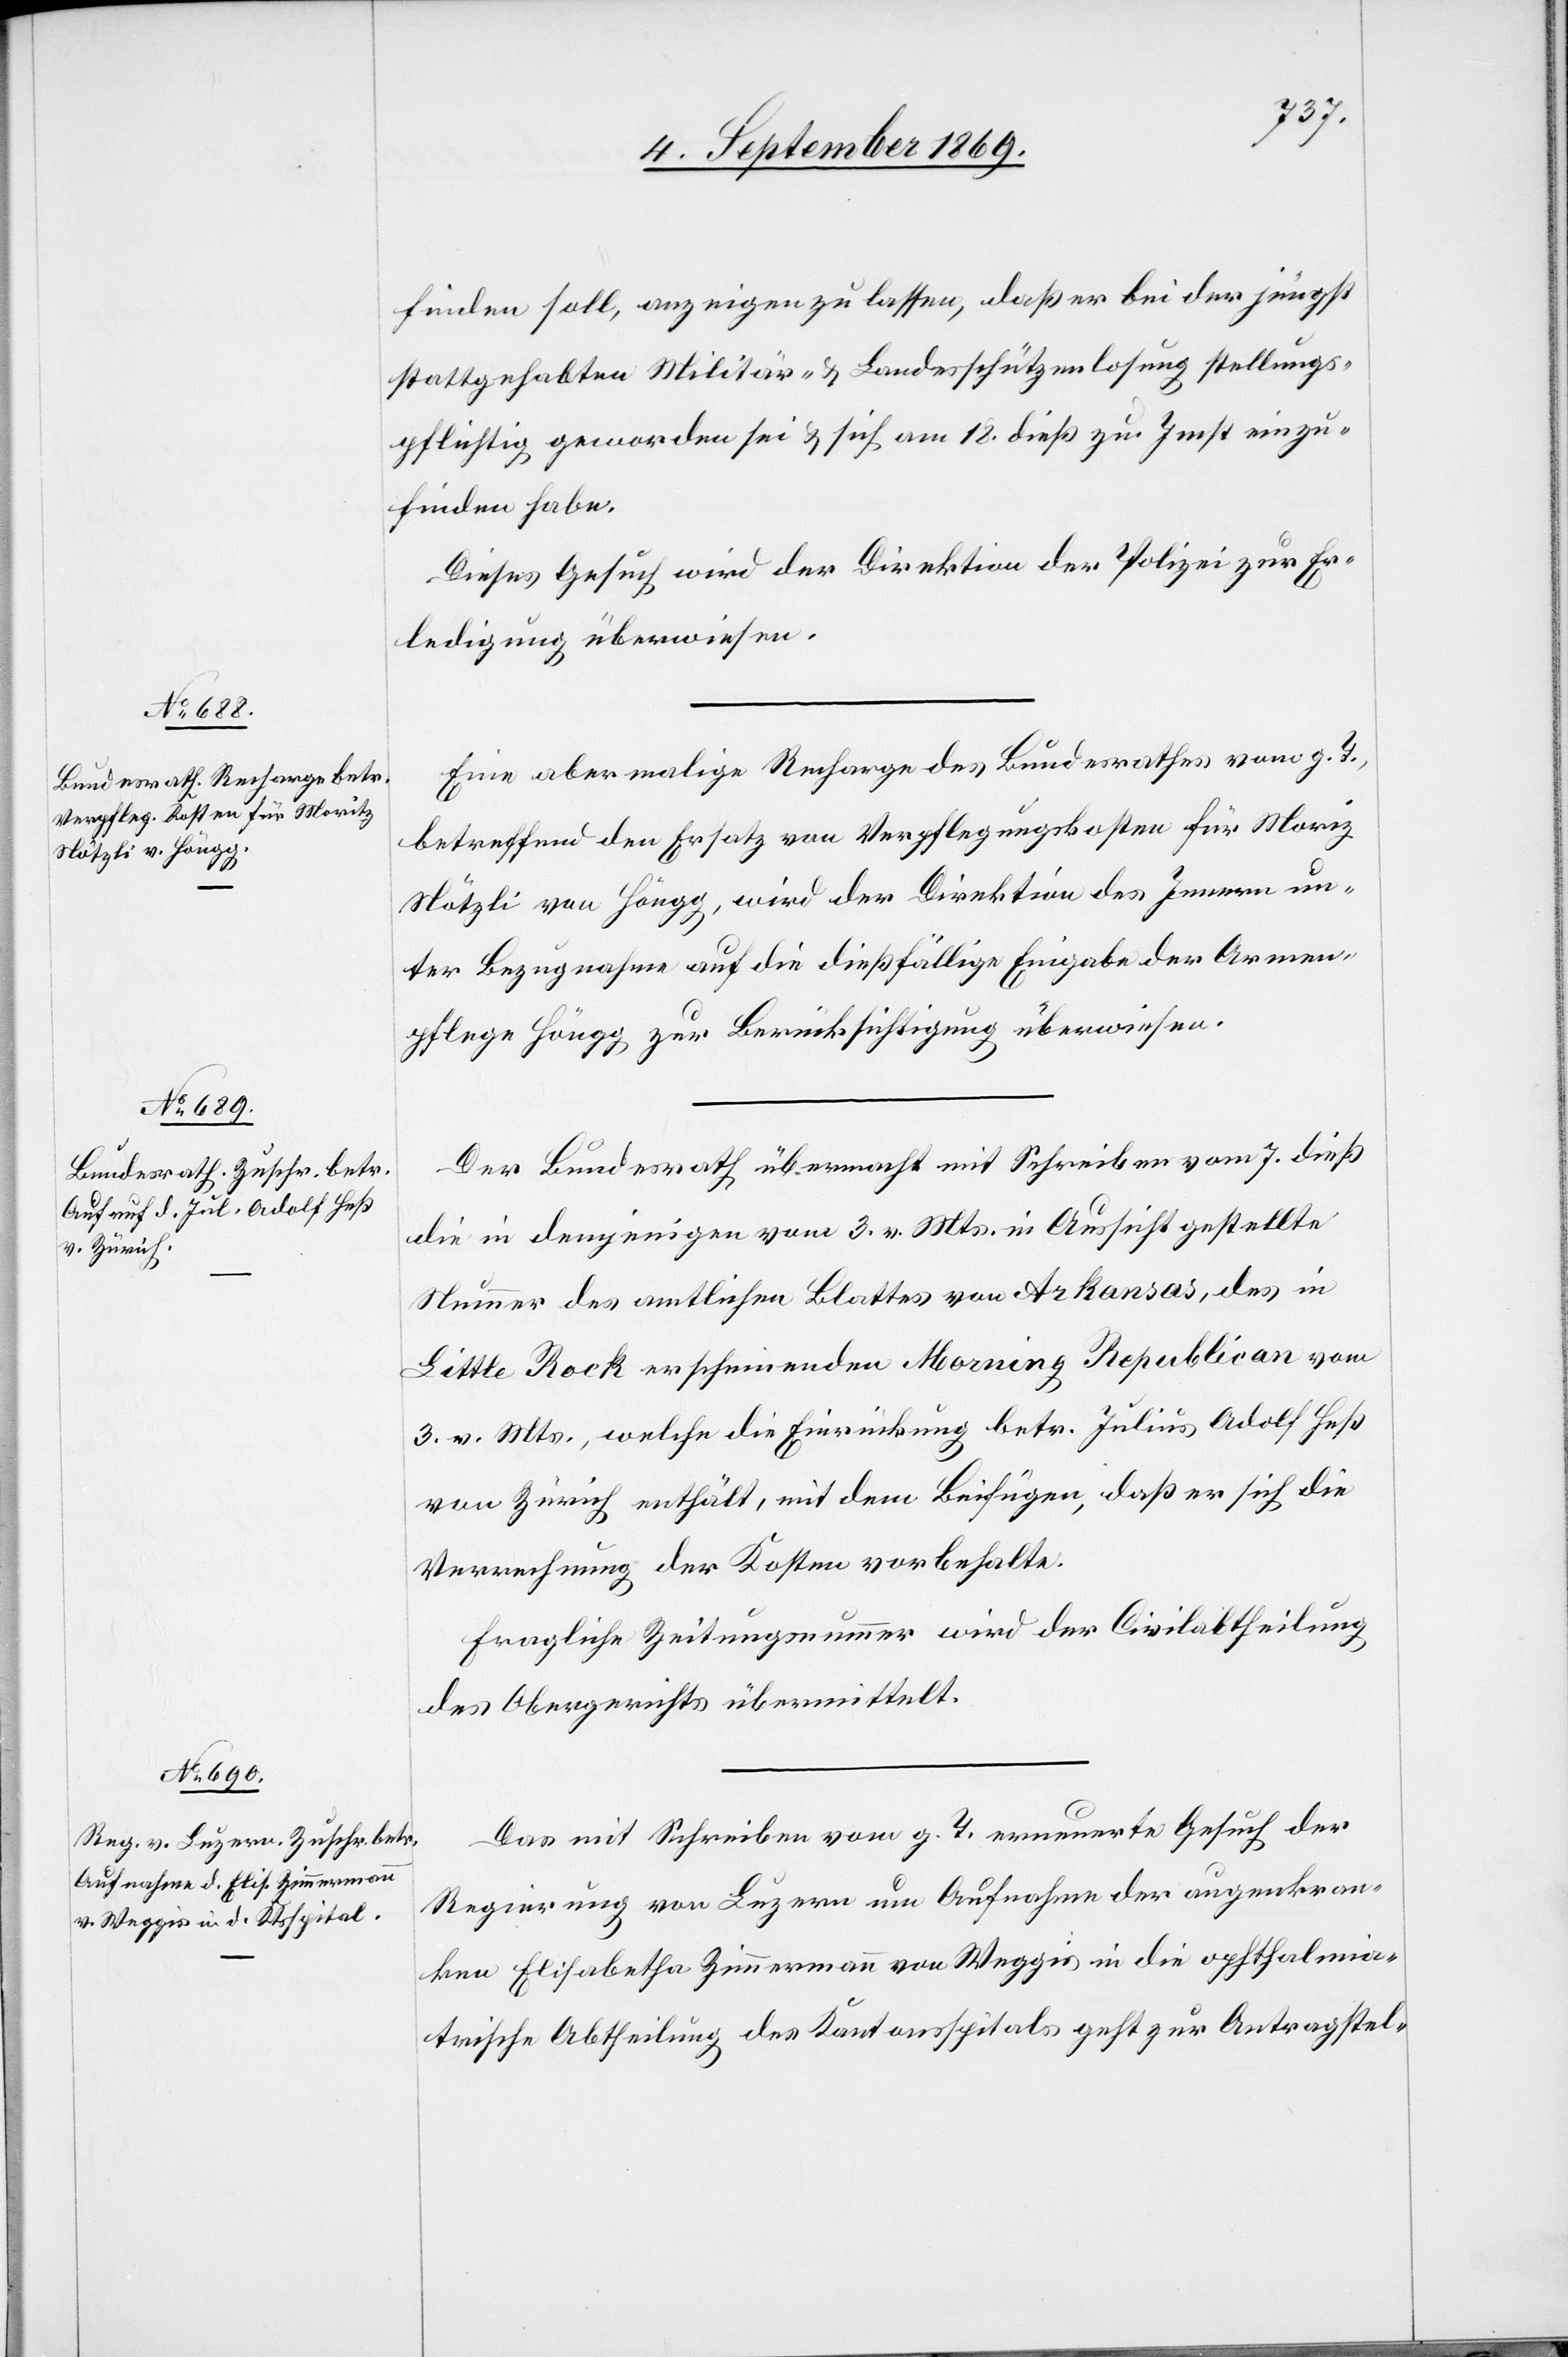
9. September 1869.]
finden soll, anzeigen zu lassen, daß er bei der jüngst
stattgehabten Militär- & Landesschützenlosung stellungs¬
pflichtig geworden sei & sich am 18. dies zu Imst einzu¬
finden habe.
Dieses Gesuch wird der Direktion der Polizei zur Er¬
ledigung überweisen.
Eine abermalige Recharge des Bundesrathes vom g. T.,
betreffend den Ersatz von Verpflegungskosten für Moriz
Nötzli von Höngg, wird der Direktion des Innern un¬
ter Bezugnahme auf die dießfällige Eingabe der Armen¬
pflege Höngg zur Berücksichtigung überwiesen.
Der Bundesrath übermacht mit Schreiben vom 7. dies
die in demjenigen vom 3. v. Mts. in Aussicht gestellte
Nummer des amtlichen Blattes von Arkansas, des in
Little Rock erscheinenden Morning Republican vom
3. v. Mts., welche die Einrückung betr. Julius Adolf Heß
von Zürich enthält, mit dem Beifügen, daß er sich die
Verrechnung der Kosten vorbehalte.
Fragliche Zeitungsnummer wird der Civilabtheilung
des Obergerichts übermittelt.
Das mit Schreiben vom g. T. erneuerte Gesuch der
Regierung von Luzern um Aufnahme der augenkran¬
ken Elisabetha Zimmermann von Weggis in die ophthalmia¬
trische Abtheilung des Kantonsspitals geht zur Antragstel-